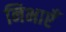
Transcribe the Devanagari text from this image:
निभाएँ